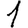
Digit: 1